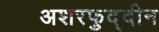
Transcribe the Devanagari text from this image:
अशरफुद्दीन